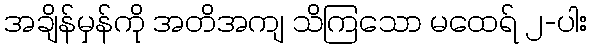
အချိန်မှန်ကို အတိအကျ သိကြသော မထေရ် ၂-ပါး